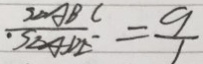
\frac { S _ { \Delta A B C } } { S _ { \Delta A D E } } = \frac { 9 } { 1 }